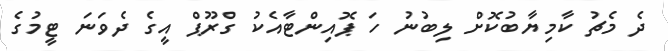
ދެ މެޗު ކާމިޔާބުކޮށް ލިބުނު ހަ ޕޮއިންޓާއެކު ގްރޫޕް އީގެ ދެވަނަ ޓީމުގެ